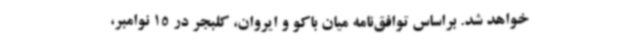
خواهد شد. براساس توافق‌نامه میان باکو و ایروان، کلبجر در 15 نوامبر،